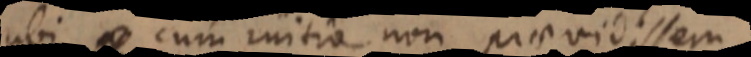
ubi cum initio non praevidissem